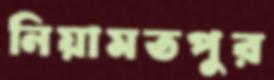
নিয়ামতপুর